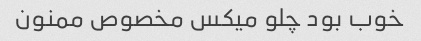
خوب بود چلو میکس مخصوص ممنون